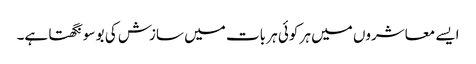
ایسے معاشروں میں ہر کوئی ہر بات میں سازش کی بو سونگھتا ہے۔